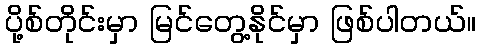
ပို့စ်တိုင်းမှာ မြင်တွေ့နိုင်မှာ ဖြစ်ပါတယ်။